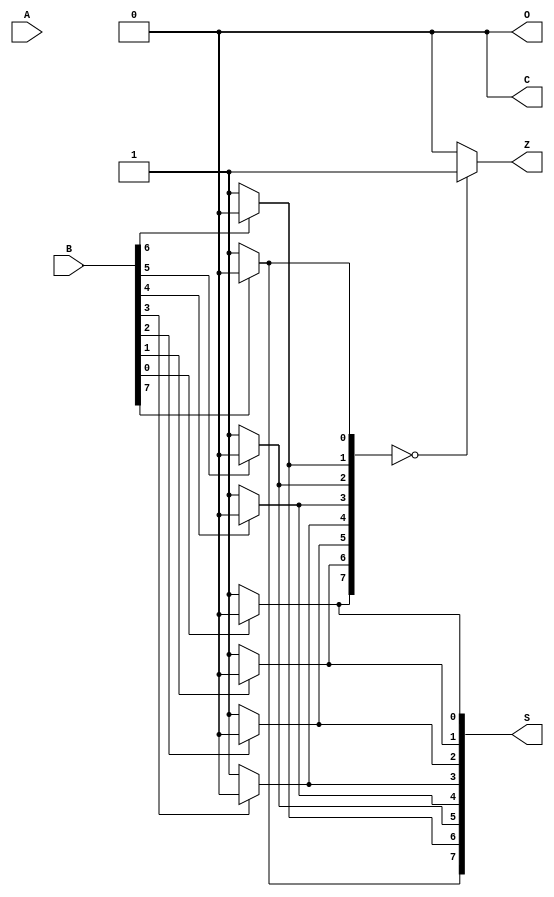
module onecomp_beh (A,B,S,Z,C,O);
input wire [7:0] A,B;
output reg [7:0] S;
output reg C,Z,O;
integer i;

always @(*)
begin

for(i=0;i<8;i=i+1)
begin 
if (B[i])
S[i]=0;
else
S[i]=1;
end 

case({S[0],S[1],S[2],S[3],S[4],S[5],S[6],S[7]})
8'b00000000: Z=1;
default : Z=0;
endcase

C=0;
O=0;

end
endmodule